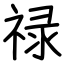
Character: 禄